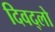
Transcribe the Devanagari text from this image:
दिवद्लो